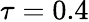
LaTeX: \tau=0.4